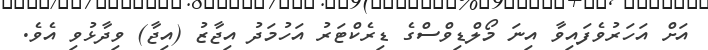
އަށް އަހަރުވެފައިވާ އިނަ މޯލްޑިވްސްގެ ޑިރެކްޓަރު އަހުމަދު އިޖާޒު (އިޖާ) ވިދާޅުވި އެވެ.